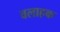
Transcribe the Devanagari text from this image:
वलाहक